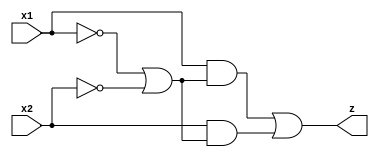
module circuit06(x1, x2, z);
input x1, x2;
output z;
wire w1, w2, w3, w4, w5;

    not(w1, x1);
    not(w2, x2);

    or(w3, w1, w2);

    and(w4, x1, w3);
    and(w5, x2, w3);

    or(z, w4, w5);

endmodule